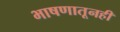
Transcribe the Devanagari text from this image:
भाषणातूनही